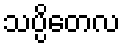
သပ္ပိတေလ